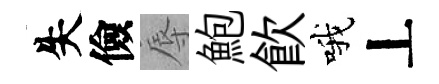
失儉辱鮑飮哦丄